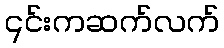
၎င်းကဆက်လက်